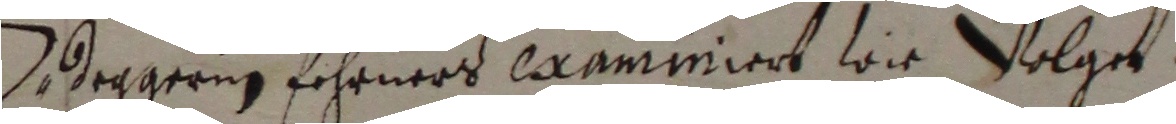
Heggern fehrners examiniert wie volget.